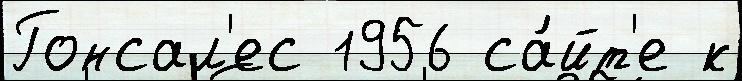
Гонсал'ес 1956 са́йт'е к